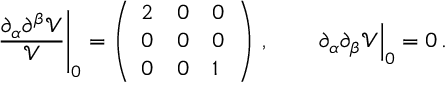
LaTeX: \left. \frac { \partial _ { \alpha } \partial ^ { \beta } \mathcal { V } } { \mathcal { V } } \right| _ { 0 } = \left( \begin{array} { l l l } { { 2 } } & { { 0 } } & { { 0 } } \\ { { 0 } } & { { 0 } } & { { 0 } } \\ { { 0 } } & { { 0 } } & { { 1 } } \end{array} \right) \, , \qquad \left. \partial _ { \alpha } \partial _ { \beta } \mathcal { V } \right| _ { 0 } = 0 \, .